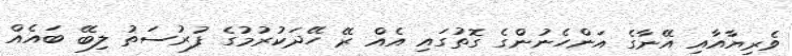
ވެރިޔާއާއި އޭނާގެ އަންހެނުންގެ ގޮތުގައި އެއް ރޭ ހޭދަކުރުމުގެ ފުރުސަތު ލިބޭ ބައެއް